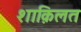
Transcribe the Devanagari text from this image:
शाक़िलत